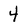
Character: 4